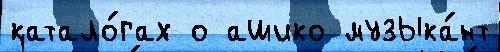
катало́гах о ашико музыка́нт